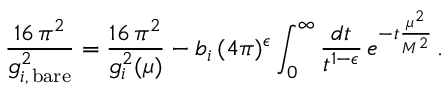
\frac { 1 6 \, \pi ^ { 2 } } { g _ { i , \, \mathrm { b a r e } } ^ { 2 } } = \frac { 1 6 \, \pi ^ { 2 } } { g _ { i } ^ { 2 } ( \mu ) } - b _ { i } \, ( 4 \pi ) ^ { \epsilon } \int _ { 0 } ^ { \infty } \frac { d t } { t ^ { 1 - \epsilon } } \, e ^ { - t \frac { \mu ^ { 2 } } { M ^ { 2 } } } \, .